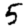
Digit: 5